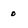
Character: 0